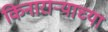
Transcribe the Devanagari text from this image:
किनाराऱ्याच्या